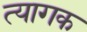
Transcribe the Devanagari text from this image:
त्यागक